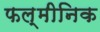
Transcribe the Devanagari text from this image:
फल्मीनिक